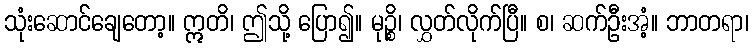
သုံးဆောင်ချေတော့။ ဣတိ၊ ဤသို့ ပြော၍။ မုဉ္စိ၊ လွှတ်လိုက်ပြီ။ စ၊ ဆက်ဦးအံ့။ ဘာတရာ၊